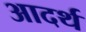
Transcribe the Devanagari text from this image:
आदर्थ